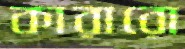
কারারো